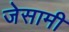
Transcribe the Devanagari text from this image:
जेसामी